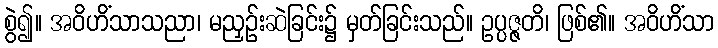
စွဲ၍။ အဝိဟိံသာသညာ၊ မညှဉ်းဆဲခြင်း၌ မှတ်ခြင်းသည်။ ဥပ္ပဇ္ဇတိ၊ ဖြစ်၏။ အဝိဟိံသာ